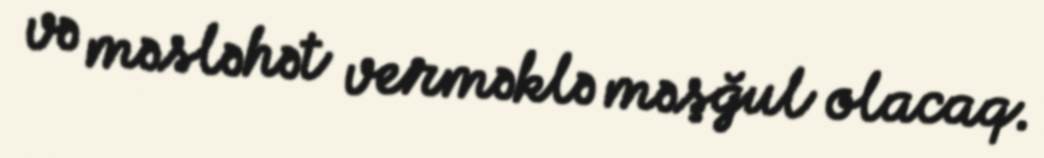
və məsləhət verməklə məşğul olacaq.